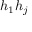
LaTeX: h _ { 1 } h _ { j }